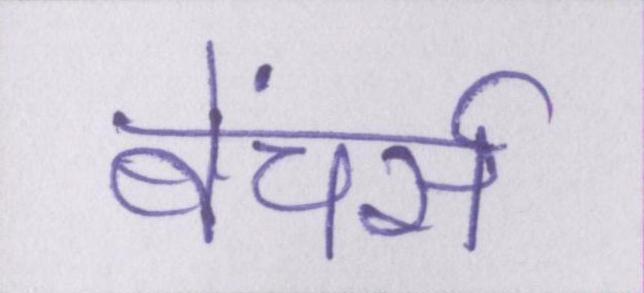
बेंचर्स